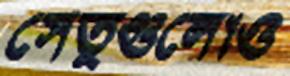
সেতুগুলোও